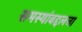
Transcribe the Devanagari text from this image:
समस्यांबद्दलचा